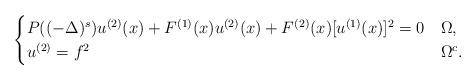
LaTeX: \begin{align*} \begin{cases} P( (-\Delta)^s)u^{(2)}(x) + F^{(1)}(x)u^{(2)}(x) + F^{(2)}(x)[u^{(1)}(x)]^2=0 &\Omega, \\ u^{(2)}=f^2 &\Omega^c. \end{cases}\end{align*}